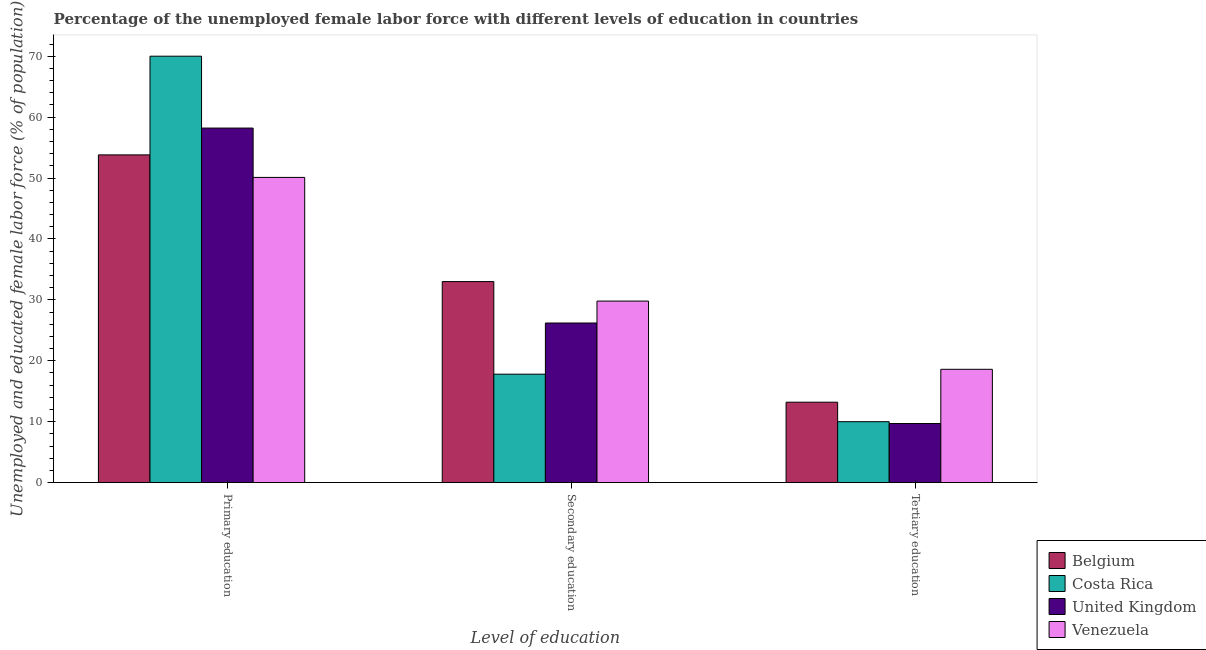
| Level of education | Belgium | Costa Rica | United Kingdom | Venezuela |
 | --- | --- | --- | --- | --- |
 | Primary education | 53.8 | 70 | 58.2 | 50.1 |
 | Secondary education | 33 | 17.8 | 26.2 | 29.8 |
 | Tertiary education | 13.2 | 10 | 9.7 | 18.6 |